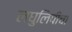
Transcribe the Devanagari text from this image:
लघुलिपीचा